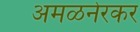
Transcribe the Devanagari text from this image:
अमळनेरकर